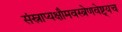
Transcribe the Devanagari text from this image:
संस्नाप्यक्षौमवस्त्रेणवेष्ट्यच